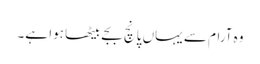
وہ آرام سے یہاں پانچ بجے بیٹھا ہوا ہے۔